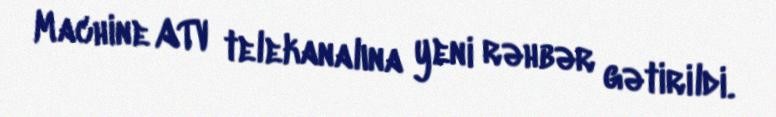
Machine ATV telekanalına yeni rəhbər gətirildi.